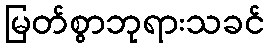
မြတ်စွာဘုရားသခင်